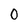
Character: 0